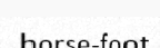
horse-foot